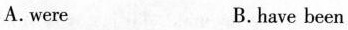
A. were B. have been